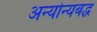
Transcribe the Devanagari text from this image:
अन्योन्यबद्ध